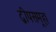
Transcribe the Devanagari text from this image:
द्वीपसमूह।